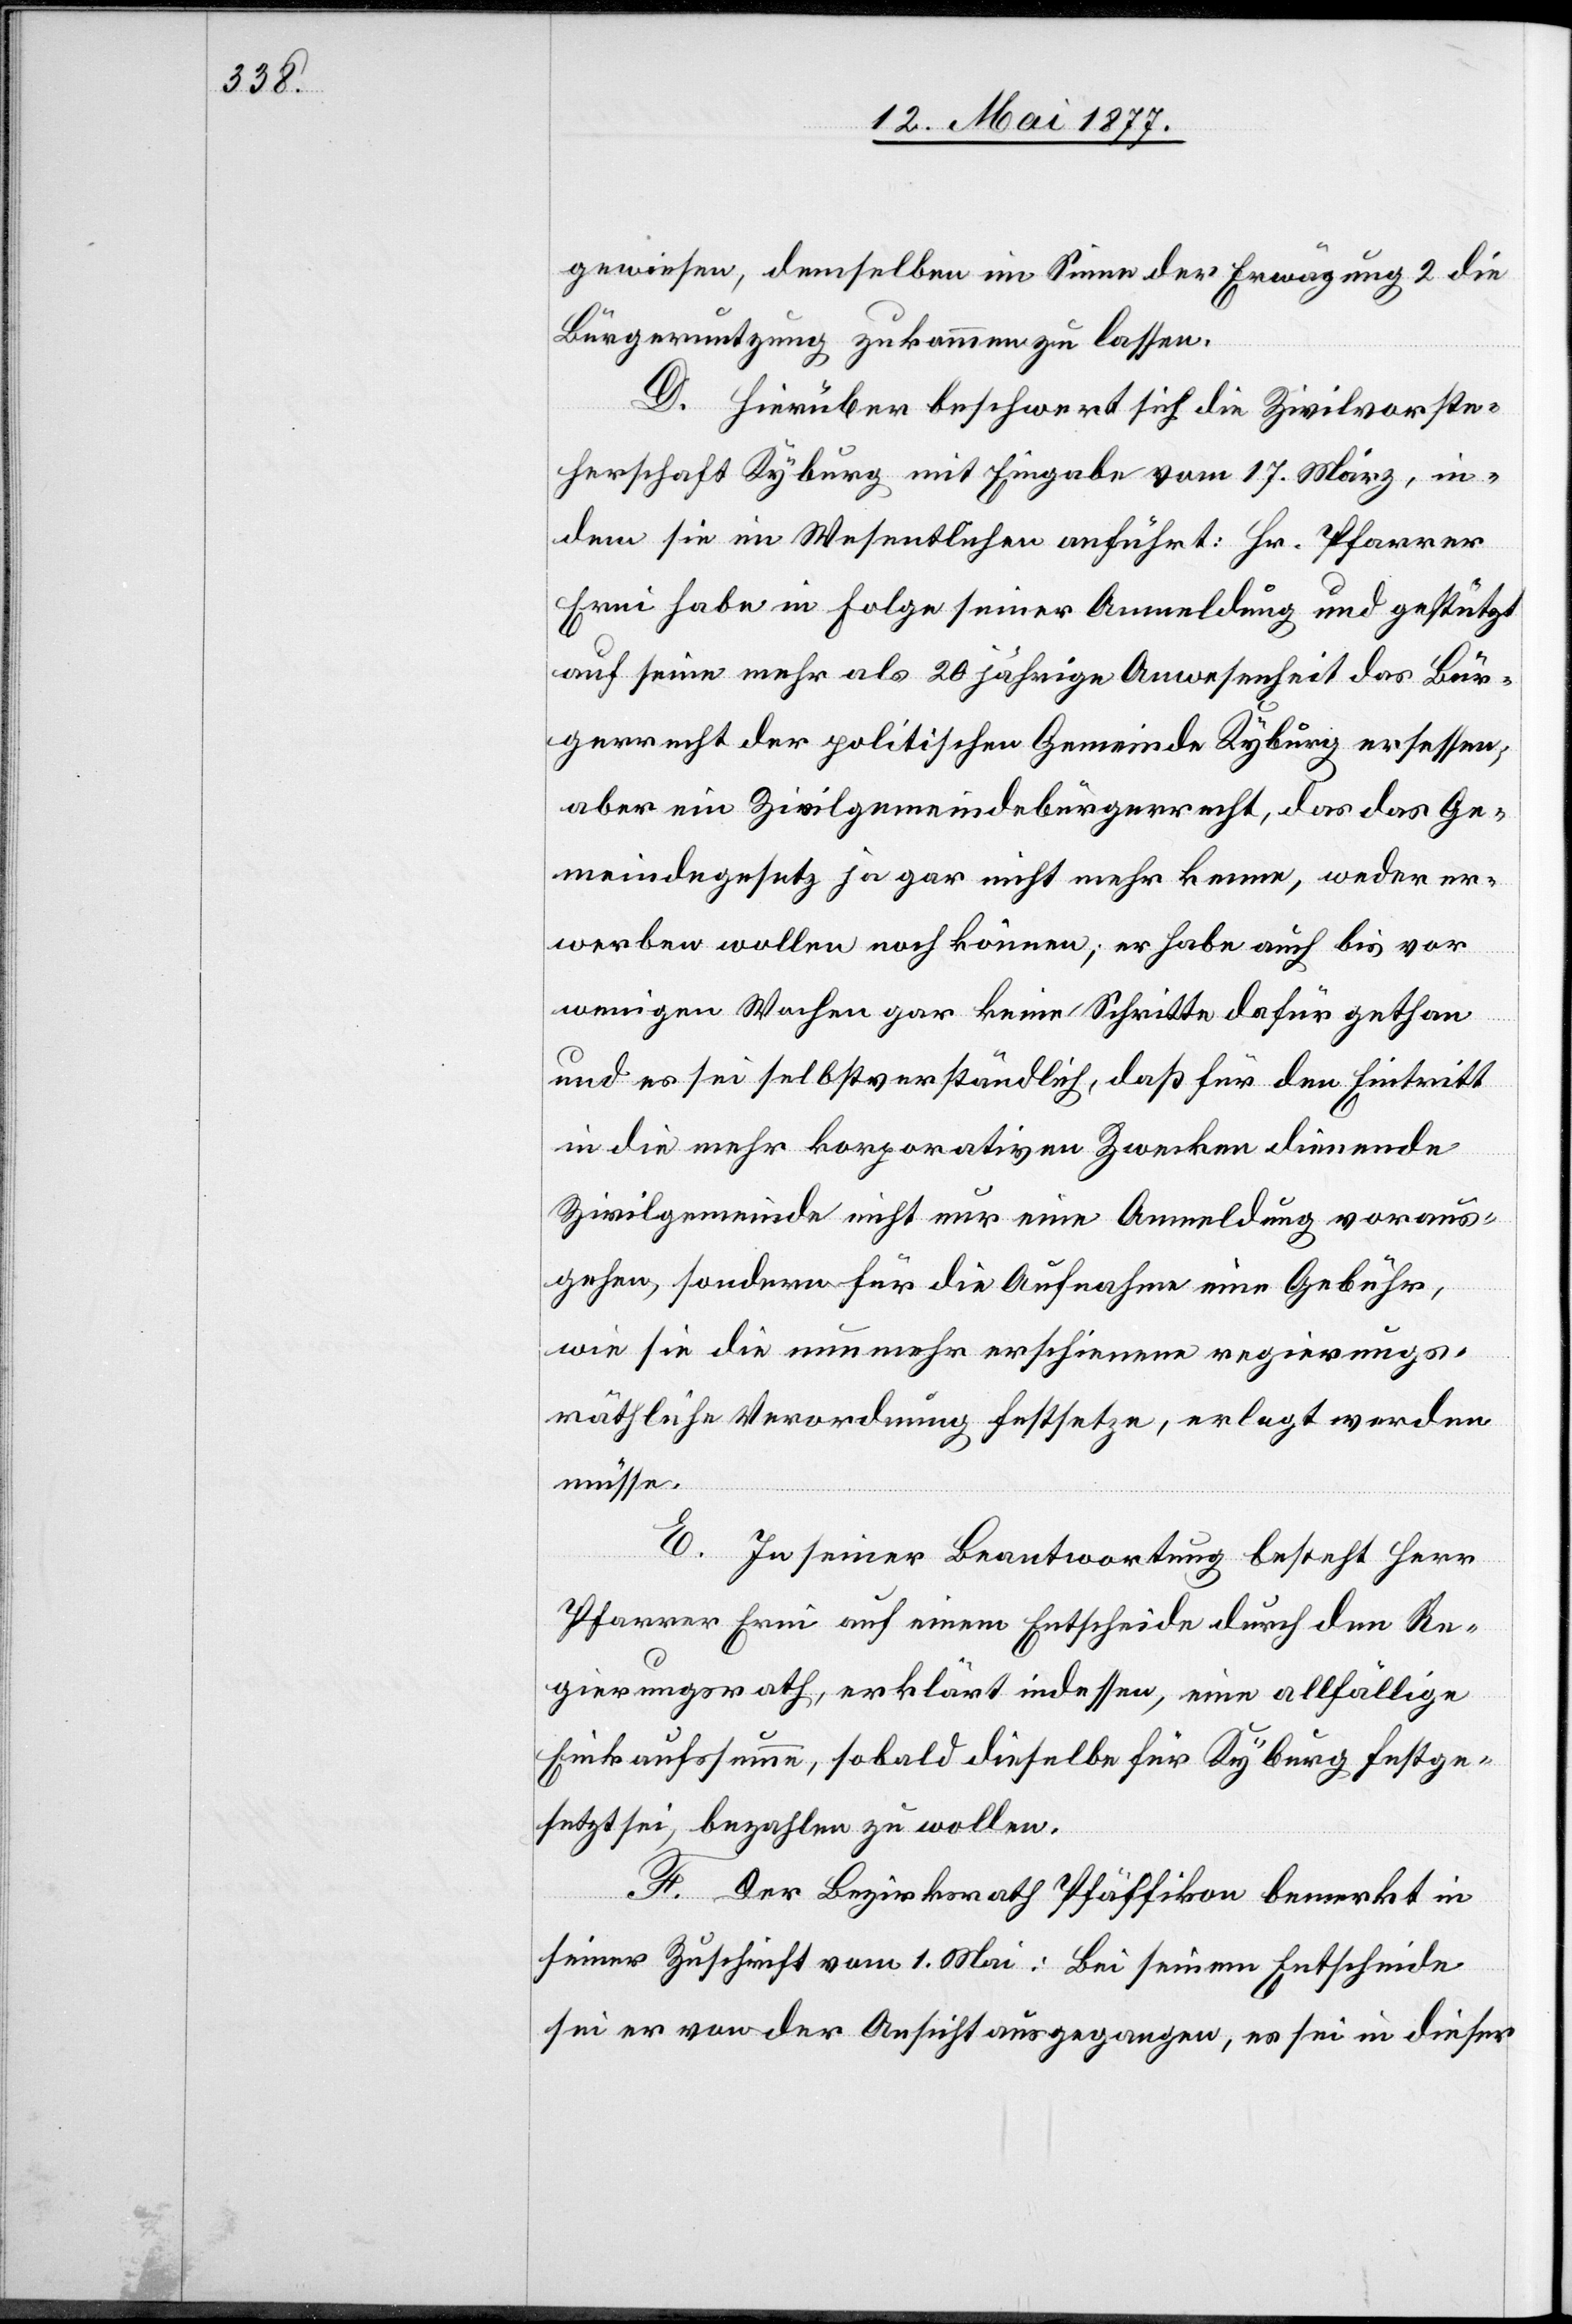
gewiesen, demselben im Sinne der Erwägung 2 die
Bürgernutzung zukommen zu lassen.
D. Hierüber beschwert sich die Zivilvorste¬
herschaft Kyburg mit Eingabe vom 17. März, in¬
dem sie im Wesentlichen anführt: Hr. Pfarrer
Erni habe in Folge seiner Anmeldung und gestützt
auf seine mehr als 20 jährige Anwesenheit das Bür¬
gerrecht der politischen Gemeinde Kyburg ersessen;
aber ein Zivilgemeindebürgerrecht, das das Ge¬
meindegesetz ja gar nicht mehr kenne, weder er¬
werben wollen noch können; er habe auch bis vor
wenigen Wochen gar keine Schritte dafür gethan
und es sei selbstverständlich, daß für den Eintritt
in die mehr korporativen Zwecken dienende
Zivilgemeinde nicht nur eine Anmeldung voraus¬
gehe, sondern für die Aufnahme eine Gebühr,
wie sie die nunmehr erschienene regierungs¬
räthliche Verordnung festsetze, erlangt werden
müsse.
E. In seiner Beantwortung besteht Herr
Pfarrer Erni auf einem Entscheide durch den Re¬
gierungsrath, erklärt indessen, eine allfällige
Einkaufssumme, sobald dieselbe für Kyburg festge¬
setzt sei, bezahlen zu wollen.
F. Der Bezirksrath Pfäffikon bemerkt in
seiner Zuschrift vom 1. Mai: Bei seinem Entscheide
sei er von der Ansicht ausgegangen, es sei in dieser